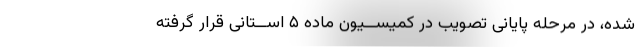
شده، در مرحله پایانی تصویب در کمیســیون ماده ۵ اســتانی قرار گرفته